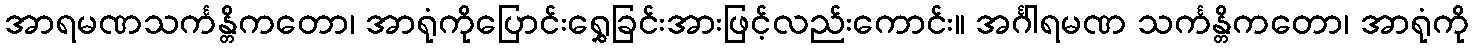
အာရမဏသင်္ကန္တိကတော၊ အာရုံကိုပြောင်းရွှေခြင်းအားဖြင့်လည်းကောင်း။ အင်္ဂါရမဏ သင်္ကန္တိကတော၊ အာရုံကို